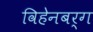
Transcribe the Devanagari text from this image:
विहेनबर्ग